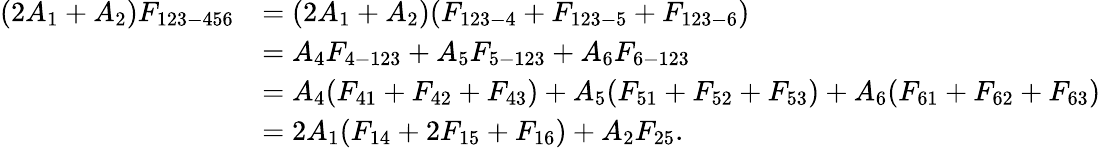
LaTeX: \begin{array}{rl}{(2A_{1}+A_{2})F_{123-456}}&{=(2A_{1}+A_{2})(F_{123-4}+F_{123-5}+F_{123-6})}\\ &{=A_{4}F_{4-123}+A_{5}F_{5-123}+A_{6}F_{6-123}}\\ &{=A_{4}(F_{41}+F_{42}+F_{43})+A_{5}(F_{51}+F_{52}+F_{53})+A_{6}(F_{61}+F_{62}+F_{63})}\\ &{=2A_{1}(F_{14}+2F_{15}+F_{16})+A_{2}F_{25}{.}}\end{array}